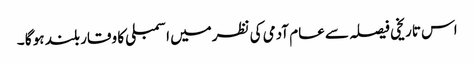
اس تاریخی فیصلہ سے عام آدمی کی نظرمیں اسمبلی کا وقار بلند ہو گا ۔